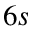
6 s